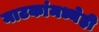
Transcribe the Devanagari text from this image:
नाटकांमध्येही